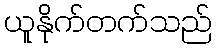
ယူနိုက်တက်သည်